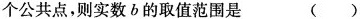
公共点，则实数b的取值范围是()